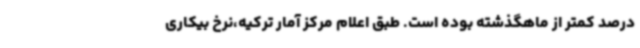
درصد کمتر از ماهگذشته بوده است. طبق اعلام مرکز آمار ترکیه،نرخ بیکاری